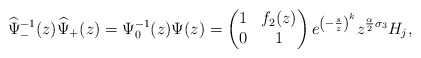
\begin{align*}\widehat\Psi_-^{-1}(z)\widehat\Psi_+(z)=\Psi_0^{-1}(z)\Psi(z)=\begin{pmatrix}1&f_2(z)\\0&1\end{pmatrix}e^{\left(-\frac{s}{z}\right)^k}z^{\frac{\alpha}{2}\sigma_3}H_j,\end{align*}